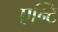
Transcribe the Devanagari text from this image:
एन्टि